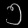
Digit: ၅